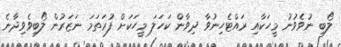
ލޯބި ނުވެވުނު މީހަކާއި ރައްޓެހިނުވާ ދިވާން ކަހަލަ މީހަކަށް ފުރަތަމަ ނަޒަރުން ލޯބިވެވިދާނެ